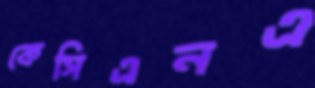
কেসিএনএ